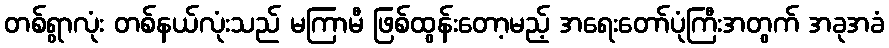
တစ်ရွာလုံး တစ်နယ်လုံးသည် မကြာမီ ဖြစ်ထွန်းတော့မည့် အရေးတော်ပုံကြီးအတွက် အခုအခံ